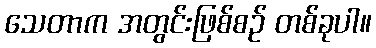
သေတာက အတွင်းဖြစ်စဉ် တစ်ခုပါ။